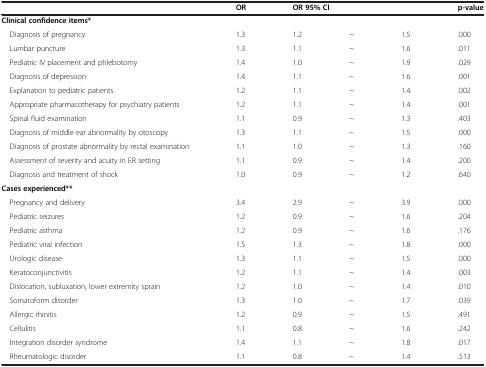
|  | OR |  | <COLSPAN=3> OR 95% CI | p-value |
 | --- | --- | --- | --- | --- | --- | --- |
 | Clinical confidence items* |  |  |  |  |  |
 | Diagnosis of pregnancy | 1.3 | 1.2 | ~ | 1.5 | .000 |
 | Lumbar puncture | 1.3 | 1.1 | ~ | 1.6 | .011 |
 | Pediatric IV placement and phlebotomy | 1.4 | 1.0 | ~ | 1.9 | .029 |
 | Diagnosis of depression | 1.4 | 1.1 | ~ | 1.6 | .001 |
 | Explanation to pediatric patients | 1.2 | 1.1 | ~ | 1.4 | .002 |
 | Appropriate pharmacotherapy for psychiatry patients | 1.2 | 1.1 | ~ | 1.4 | .001 |
 | Spinal fluid examination | 1.1 | 0.9 | ~ | 1.3 | .403 |
 | Diagnosis of middle ear abnormality by otoscopy | 1.3 | 1.1 | ~ | 1.5 | .000 |
 | Diagnosis of prostate abnormality by rectal examination | 1.1 | 1.0 | ~ | 1.3 | .160 |
 | Assessment of severity and acuity in ER setting | 1.1 | 0.9 | ~ | 1.4 | .200 |
 | Diagnosis and treatment of shock | 1.0 | 0.9 | ~ | 1.2 | .640 |
 | Cases experienced** |  |  |  |  |  |
 | Pregnancy and delivery | 3.4 | 2.9 | ~ | 3.9 | .000 |
 | Pediatric seizures | 1.2 | 0.9 | ~ | 1.6 | .204 |
 | Pediatric asthma | 1.2 | 0.9 | ~ | 1.6 | .176 |
 | Pediatric viral infection | 1.5 | 1.3 | ~ | 1.8 | .000 |
 | Urologic disease | 1.3 | 1.1 | ~ | 1.5 | .000 |
 | Keratoconjunctivitis | 1.2 | 1.1 | ~ | 1.4 | .003 |
 | Dislocation, subluxation, lower extremity sprain | 1.2 | 1.0 | ~ | 1.4 | .010 |
 | Somatoform disorder | 1.3 | 1.0 | ~ | 1.7 | .039 |
 | Allergic rhinitis | 1.2 | 0.9 | ~ | 1.5 | .491 |
 | Cellulitis | 1.1 | 0.8 | ~ | 1.6 | .242 |
 | Integration disorder syndrome | 1.4 | 1.1 | ~ | 1.8 | .017 |
 | Rheumatologic disorder | 1.1 | 0.8 | ~ | 1.4 | .513 |